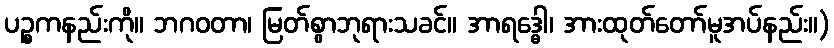
ပဉ္စကနည်းကို။ ဘဂဝတာ၊ မြတ်စွာဘုရားသခင်။ အာရဒ္ဓေါ၊ အားထုတ်တော်မူအပ်နည်း။)